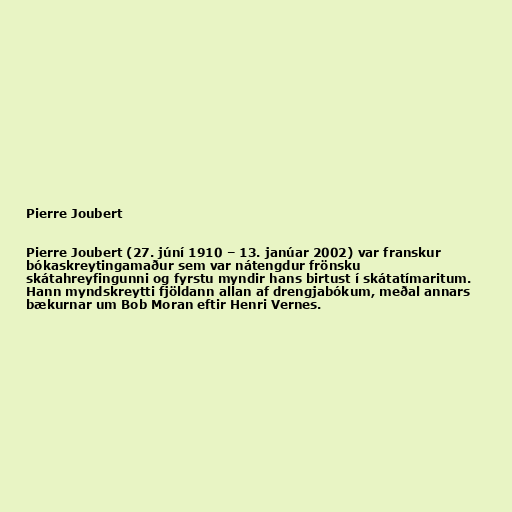
Pierre Joubert

Pierre Joubert (27. júní 1910 – 13. janúar 2002) var franskur
bókaskreytingamaður sem var nátengdur frönsku
skátahreyfingunni og fyrstu myndir hans birtust í skátatímaritum.
Hann myndskreytti fjöldann allan af drengjabókum, meðal annars
bækurnar um Bob Moran eftir Henri Vernes.